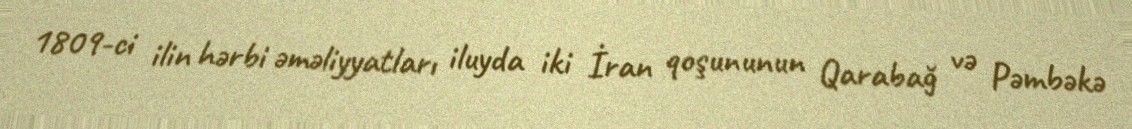
1809-ci ilin hərbi əməliyyatları iluyda iki İran qoşununun Qarabağ və Pəmbəkə